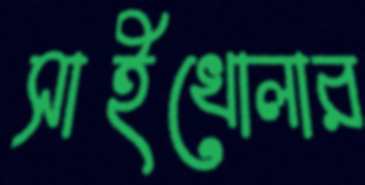
সাইখোলার